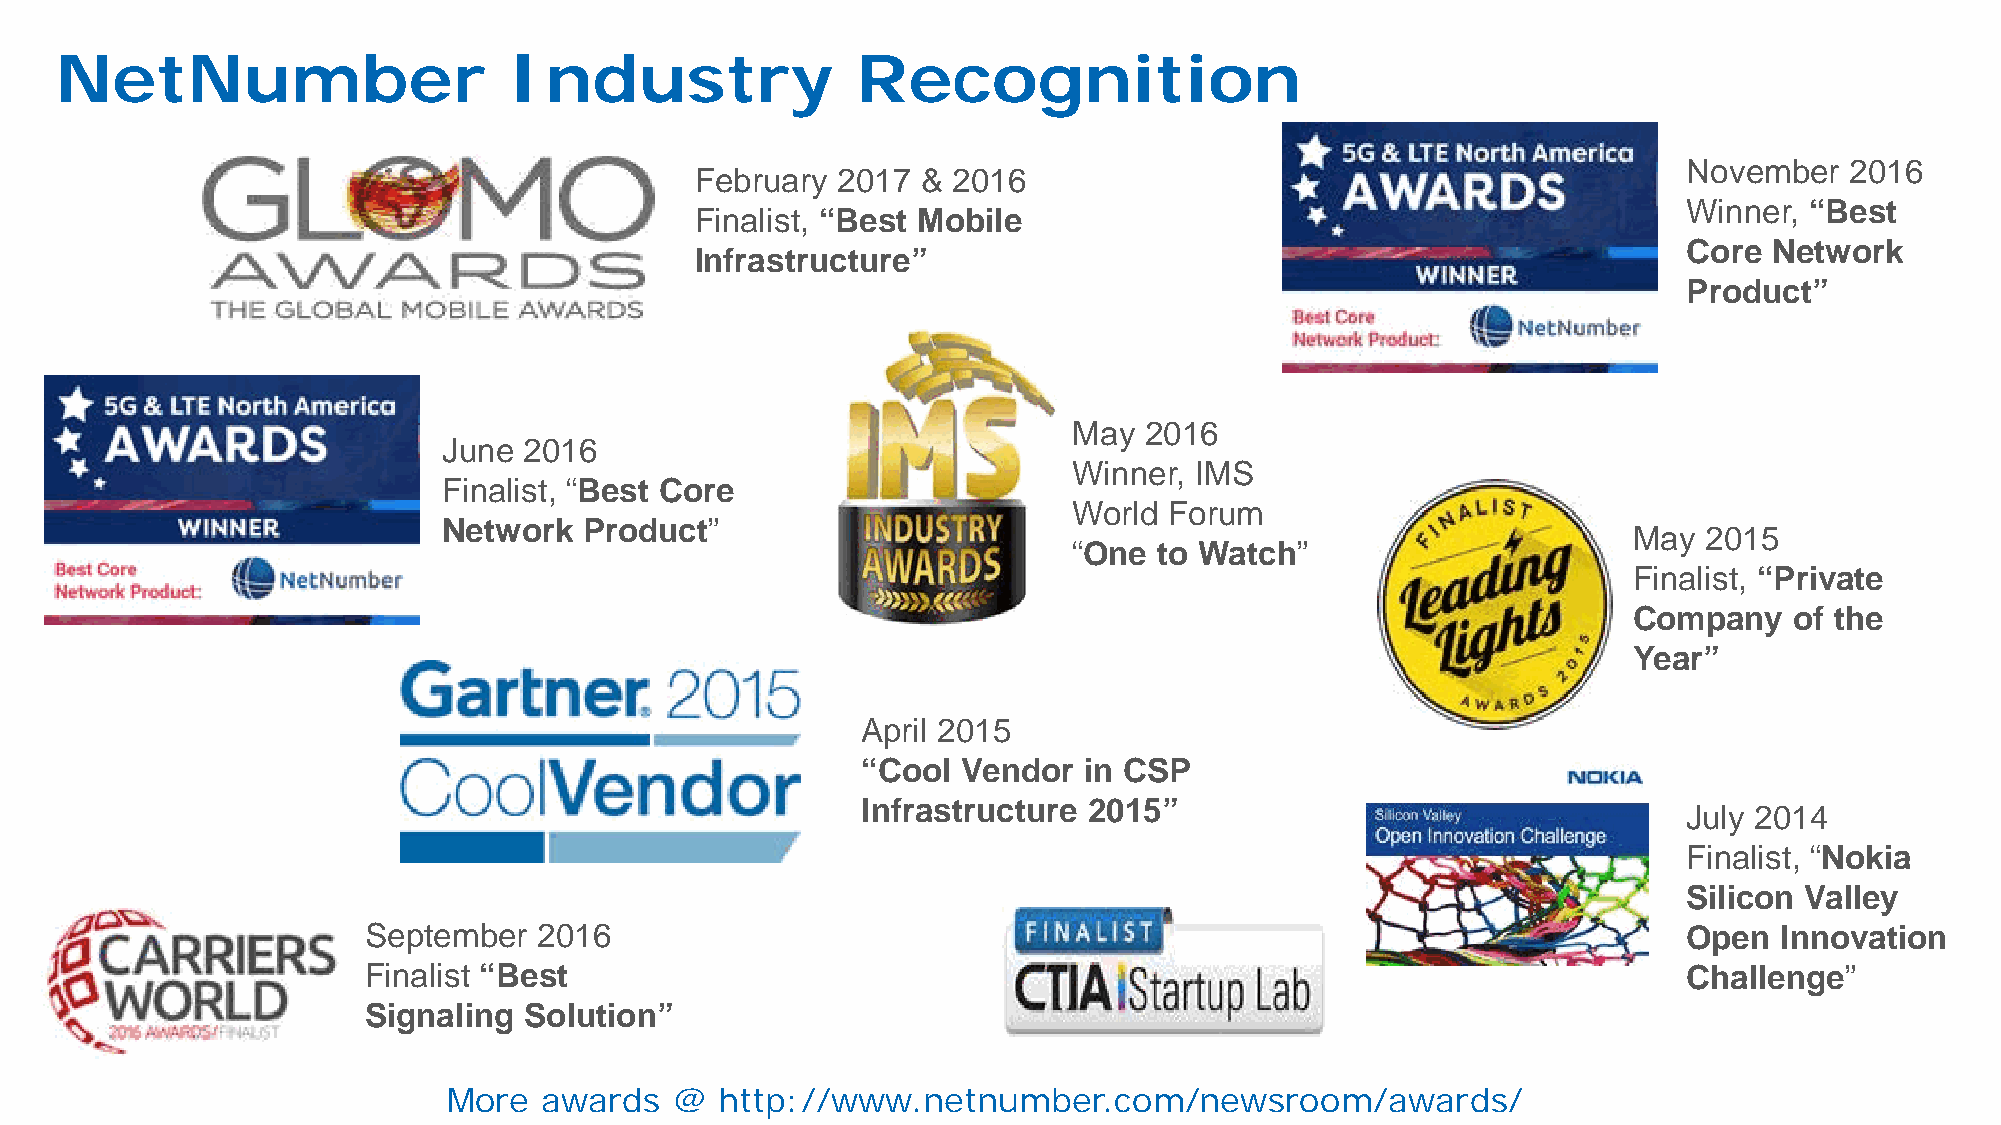
NetNumber                     Industry               Recognition
 November  2016
 February 2017  & 2016
 Winner, “Best
 Finalist, “Best Mobile
 Core Network
 Infrastructure”
 Product”
 May  2016
 June  2016
 Winner, IMS
 Finalist, “Best Core
 World Forum
 Network   Product”                                                             May  2015
 “One  to Watch”
 Finalist, “Private
 Company    of the
 Year”
 April 2015
 “Cool  Vendor  in CSP
 Infrastructure 2015”                                   July 2014
 Finalist, “Nokia
 Silicon Valley
 September   2016                                                                        Open  Innovation
 Finalist “Best                                                                          Challenge”
 Signaling  Solution”
 More  awards   @  http://www.netnumber.com/newsroom/awards/